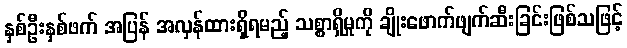
နှစ်ဦးနှစ်ဖက် အပြန် အလှန်ထားရှိရမည့် သစ္စာရှိမှုကို ချိုးဖောက်ဖျက်ဆီးခြင်းဖြစ်သဖြင့်